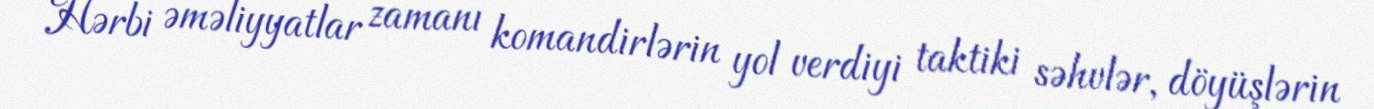
Hərbi əməliyyatlar zamanı komandirlərin yol verdiyi taktiki səhvlər, döyüşlərin